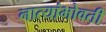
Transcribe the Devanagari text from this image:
नात्यांभोवती